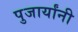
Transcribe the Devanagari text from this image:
पुजार्यांनी